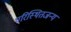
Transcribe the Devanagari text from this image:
परिस्थितजन्य